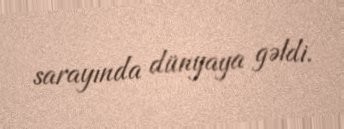
sarayında dünyaya gəldi.